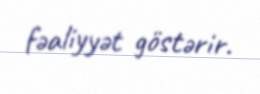
fəaliyyət göstərir.